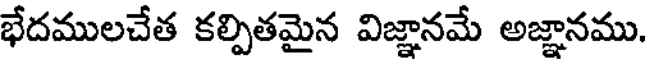
భేదములచేత కల్పితమైన విజ్ఞానమే అజ్ఞానము.